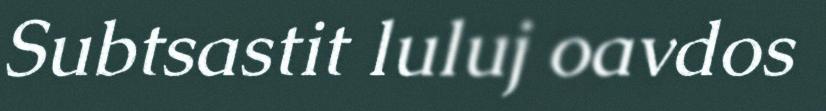
Subtsastit luluj oavdos